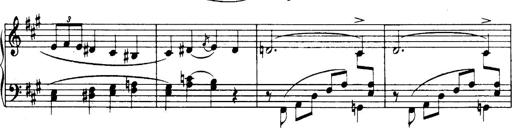
Title: 3 Sonatinas, Op.67
Composer: Jean Sibelius